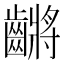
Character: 𪙝